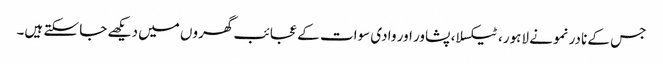
جس کے نادر نمونے لاہور، ٹیکسلا، پشاور اور وادی سوات کے عجائب گھروں میں دیکھے جا سکتے ہیں۔